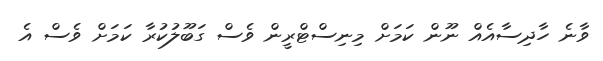
ވާނެ ހާދިސާއެއް ނޫން ކަމަށް މިނިސްޓްރީން ވެސް ގަބޫލުކުރާ ކަމަށް ވެސް އެ